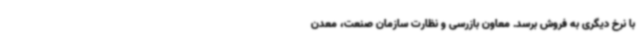
با نرخ دیگری به فروش برسد. معاون بازرسی و نظارت سازمان صنعت، معدن